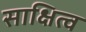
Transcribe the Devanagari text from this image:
साक्षित्व